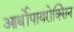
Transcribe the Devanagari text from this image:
आर्थोपायरोक्सिन